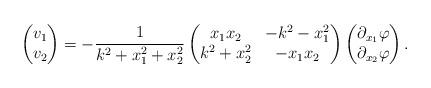
LaTeX: \begin{align*}\begin{pmatrix}v_1 \\v_2\end{pmatrix}=-\frac{1}{k^2+x_1^2+x_2^2}\begin{pmatrix}x_1x_2 & -k^2-x_1^2 \\k^2+x_2^2 & -x_1x_2\end{pmatrix}\begin{pmatrix}\partial_{x_1}\varphi \\\partial_{x_2}\varphi\end{pmatrix}.\end{align*}